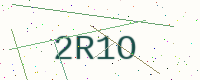
Text: 2R1O